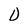
Character: D